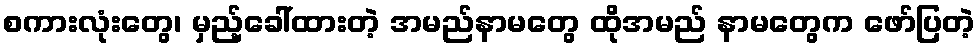
စကားလုံးတွေ၊ မှည့်ခေါ်ထားတဲ့ အမည်နာမတွေ ထိုအမည် နာမတွေက ဖော်ပြတဲ့